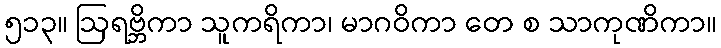
၅၁၃။ ဩရဗ္ဘိကာ သူကရိကာ၊ မာဂဝိကာ တေ စ သာကုဏိကာ။